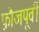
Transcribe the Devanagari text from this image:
फ़ौजपूर्वी